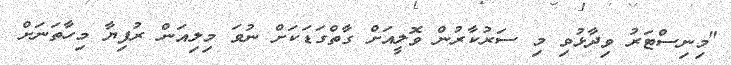
"މިނިސްޓަރު ވިދާޅުވި މި ސަރުކާރުން ވޮލީއަށް ގާތްގަޑަކަށް ނުވަ މިލިއަން ރުފިޔާ މިހާތަނަށް